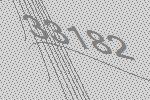
33182